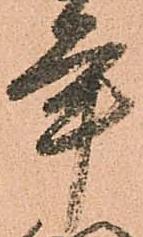
年